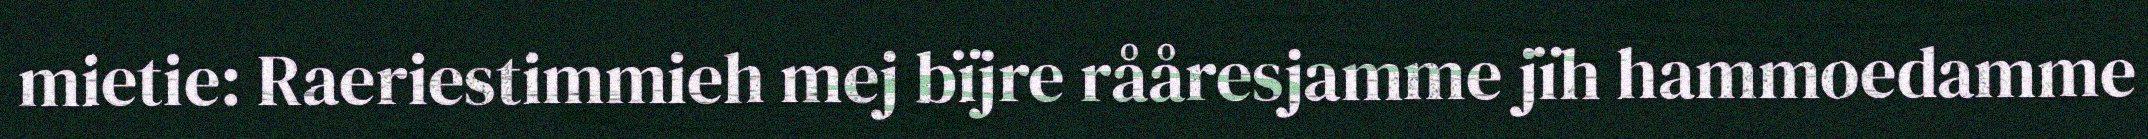
mietie: Raeriestimmieh mej bïjre rååresjamme jïh hammoedamme